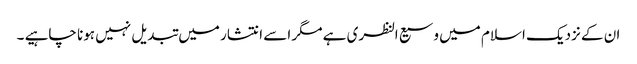
ان کے نزدیک اسلام میں وسیع النظری ہے مگر اسے انتشار میں تبدیل نہیں ہونا چاہیے ۔